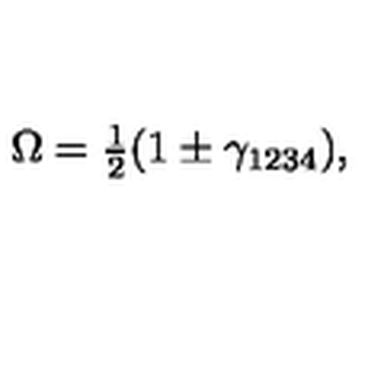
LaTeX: \Omega = \textstyle { \frac { 1 } { 2 } } ( 1 \pm \gamma _ { 1 2 3 4 } ) ,